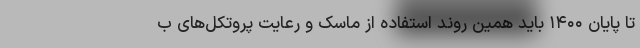
تا پایان ۱۴۰۰ باید همین روند استفاده از ماسک و رعایت پروتکل‌های ب